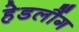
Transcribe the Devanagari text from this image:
हेडलौंग